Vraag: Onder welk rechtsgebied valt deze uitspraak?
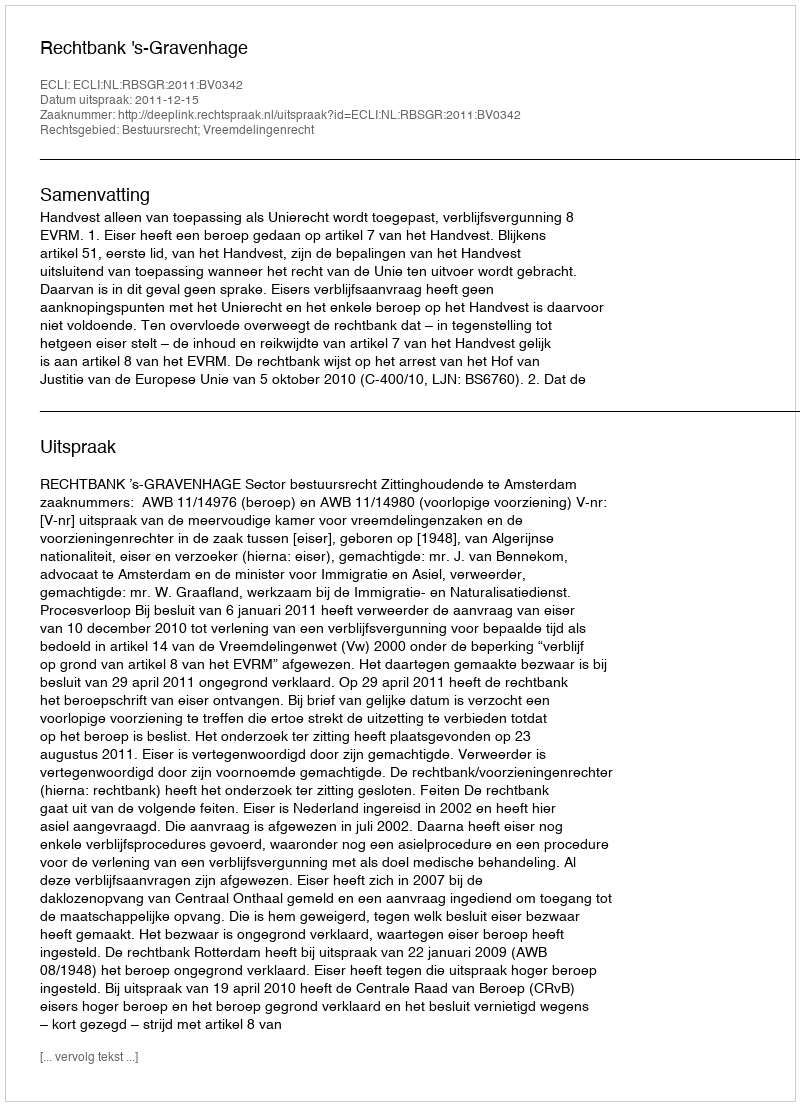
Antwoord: Bestuursrecht; Vreemdelingenrecht